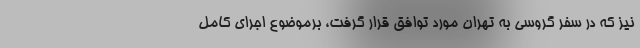
نیز که در سفر گروسی به تهران مورد توافق قرار گرفت، برموضوع اجرای کامل